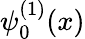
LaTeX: \psi_{0}^{(1)}(x)